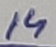
Text: 14